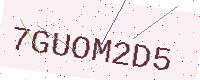
Text: 7GUOM2D5